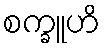
စက္ခူဟိ